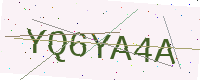
Text: YQ6YA4A